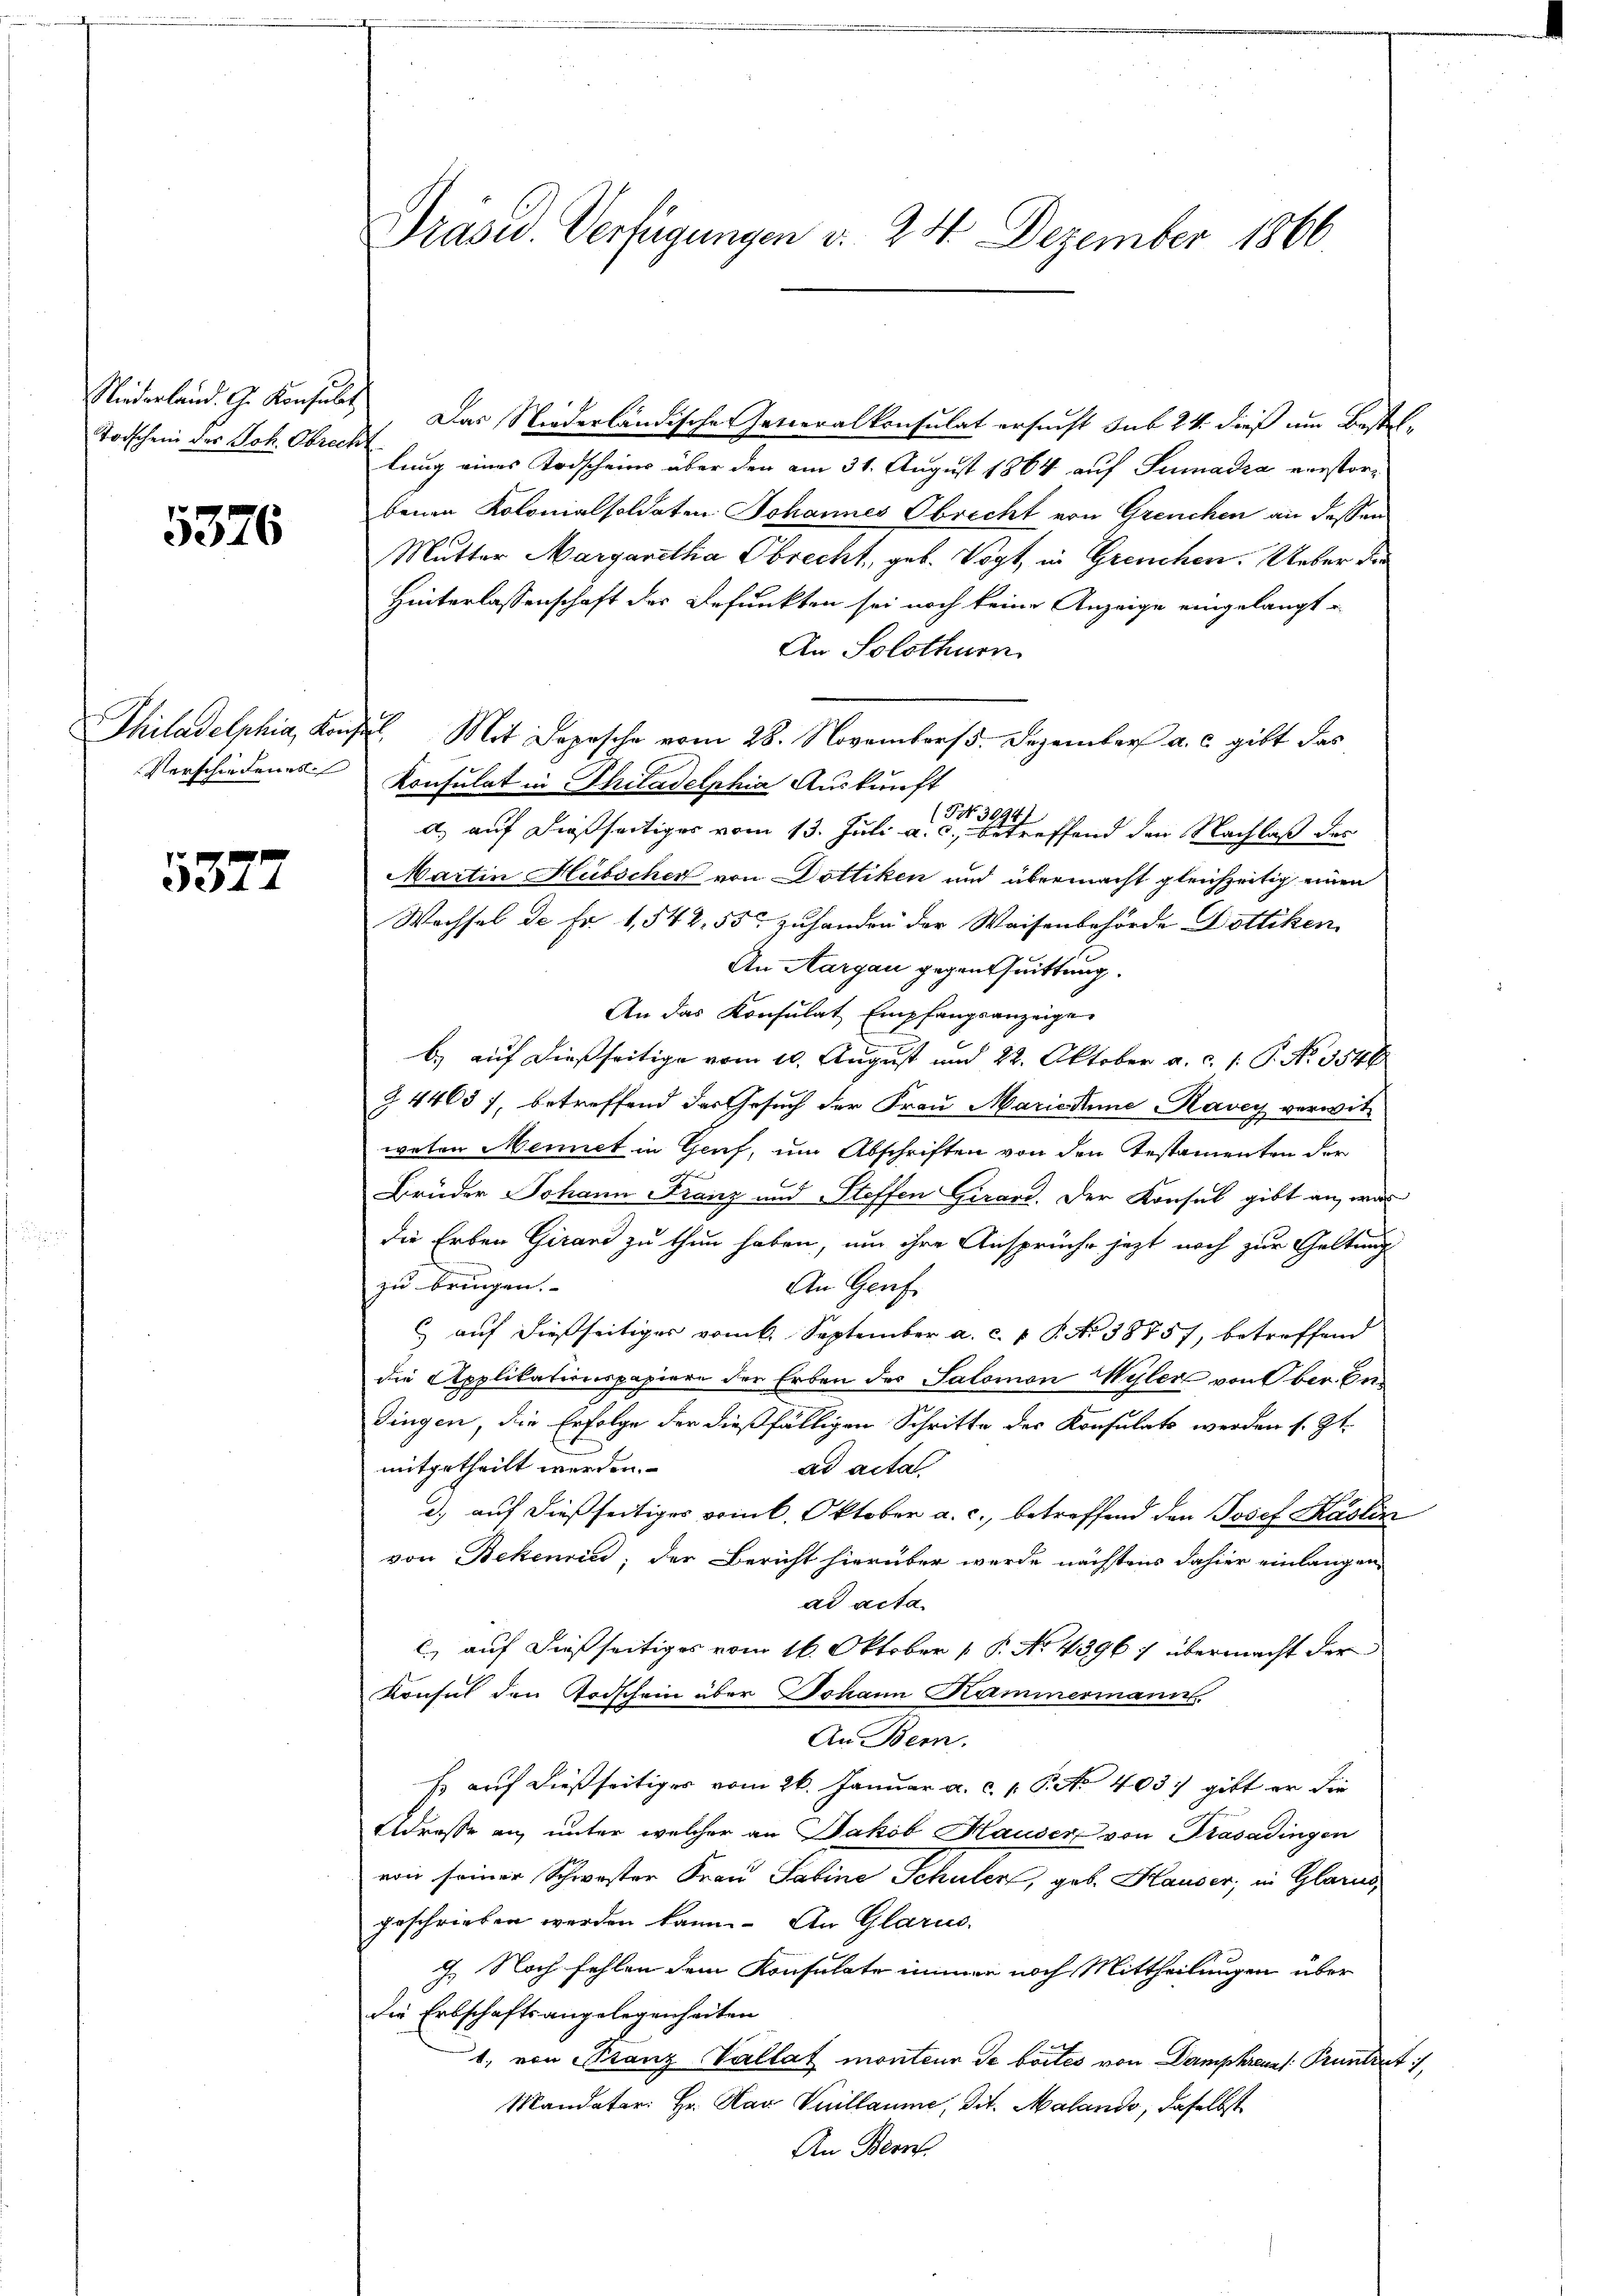
Todschein des Joh. Obrecht

5376

5372

Niederland. G. Konsul Das Niederländische Generalkonsulat ersucht sub 24. dieß um Bestellung eines Todscheins über den am 31. August 1864 auf Sumadia verstorbenen Kolonialsoldaten Johannes Obrecht von Greuchen an dessen
Mutter Margaretha Obrecht, geb. Vogt, in Greuchen. Ueber die
Hinterlassenschaft der Befunkten sei noch keine Anzeige eingelangt
An Solothurn
Philadelphia, Konsil. Mit Depesche vom 28. November. Dezember a. c. gibt das
Verschiedenes Konsulat in Philadelphia Auskunft
a, auf dießseitiger vom 13. Juli a. et effend den Nachlaß des
Martin Hübscher von Dottiken und übermacht gleichzeitig einen
Wachsel de Fr. 1542. 55 zuhanden der Waisenbehörde Dottiken
An Aargau gegentuittung.
An das Konsulat Empfangsanzeige
b.) auf dießseitige vom 10. August und 22. Oktober a. c. 1. P. No. 3546
Z 4403 f, betreffend der Gesuch der Frau Marieline Ravey verwitweten Mennet in Genf, um Abschriften von den Testamenten der
Brüder Johann Franz und Steffen Girard. Der Konsul gibt an, was
die Erben Girard zu thun haben, um ihre Ansprüche jezt noch zur Geltung
zu bringen.
An Genf
 auf dießseitiger vom k. September a. c. f. P. Nr. 38857, betreffend
die Applikationspapiere der Erben des Salomon Wyler von Ober. En¬
Dingen, die Erfolge der dießfälligen Schritte des Konsulats werden s. Zt.
mitgetheilt werden.
ad acta
d.) auf dießseitiges vom 6. Oktober a. c., betreffend den Josef Käslin
von Bekenrin; der Bericht hierüber werde nächstens dahier einlangen,
ad acta
c, auf dießseitiges vom 16. Oktober 1 P. No. 43967 übermacht der
Konsul den Todschein über Johann Kammermann
An Bern.
Es auf dießseitiger vom 26. Januar a. c. 1. P. No 403) gibt er die
Adresse an, unter welcher an Jakob Hauser von Trasadingen
von seiner Schwester Frau Sabine Schuler, geb. Hauser, in Glarus
geschrieben werden kann. An Glarus.
7.) Noch fehlen dem Konsulate immer noch Mittheilungen über
die Erbschaftsangelegenheiten
1. von Franz Vallat montens de boites von Damphreuss. Pruntrut :/
Mandater: Hr. Max Vuillaume, Tit. Malando, daselbst
An Bern

Präsid. Verfügungen d. 24. Dezember 1866.